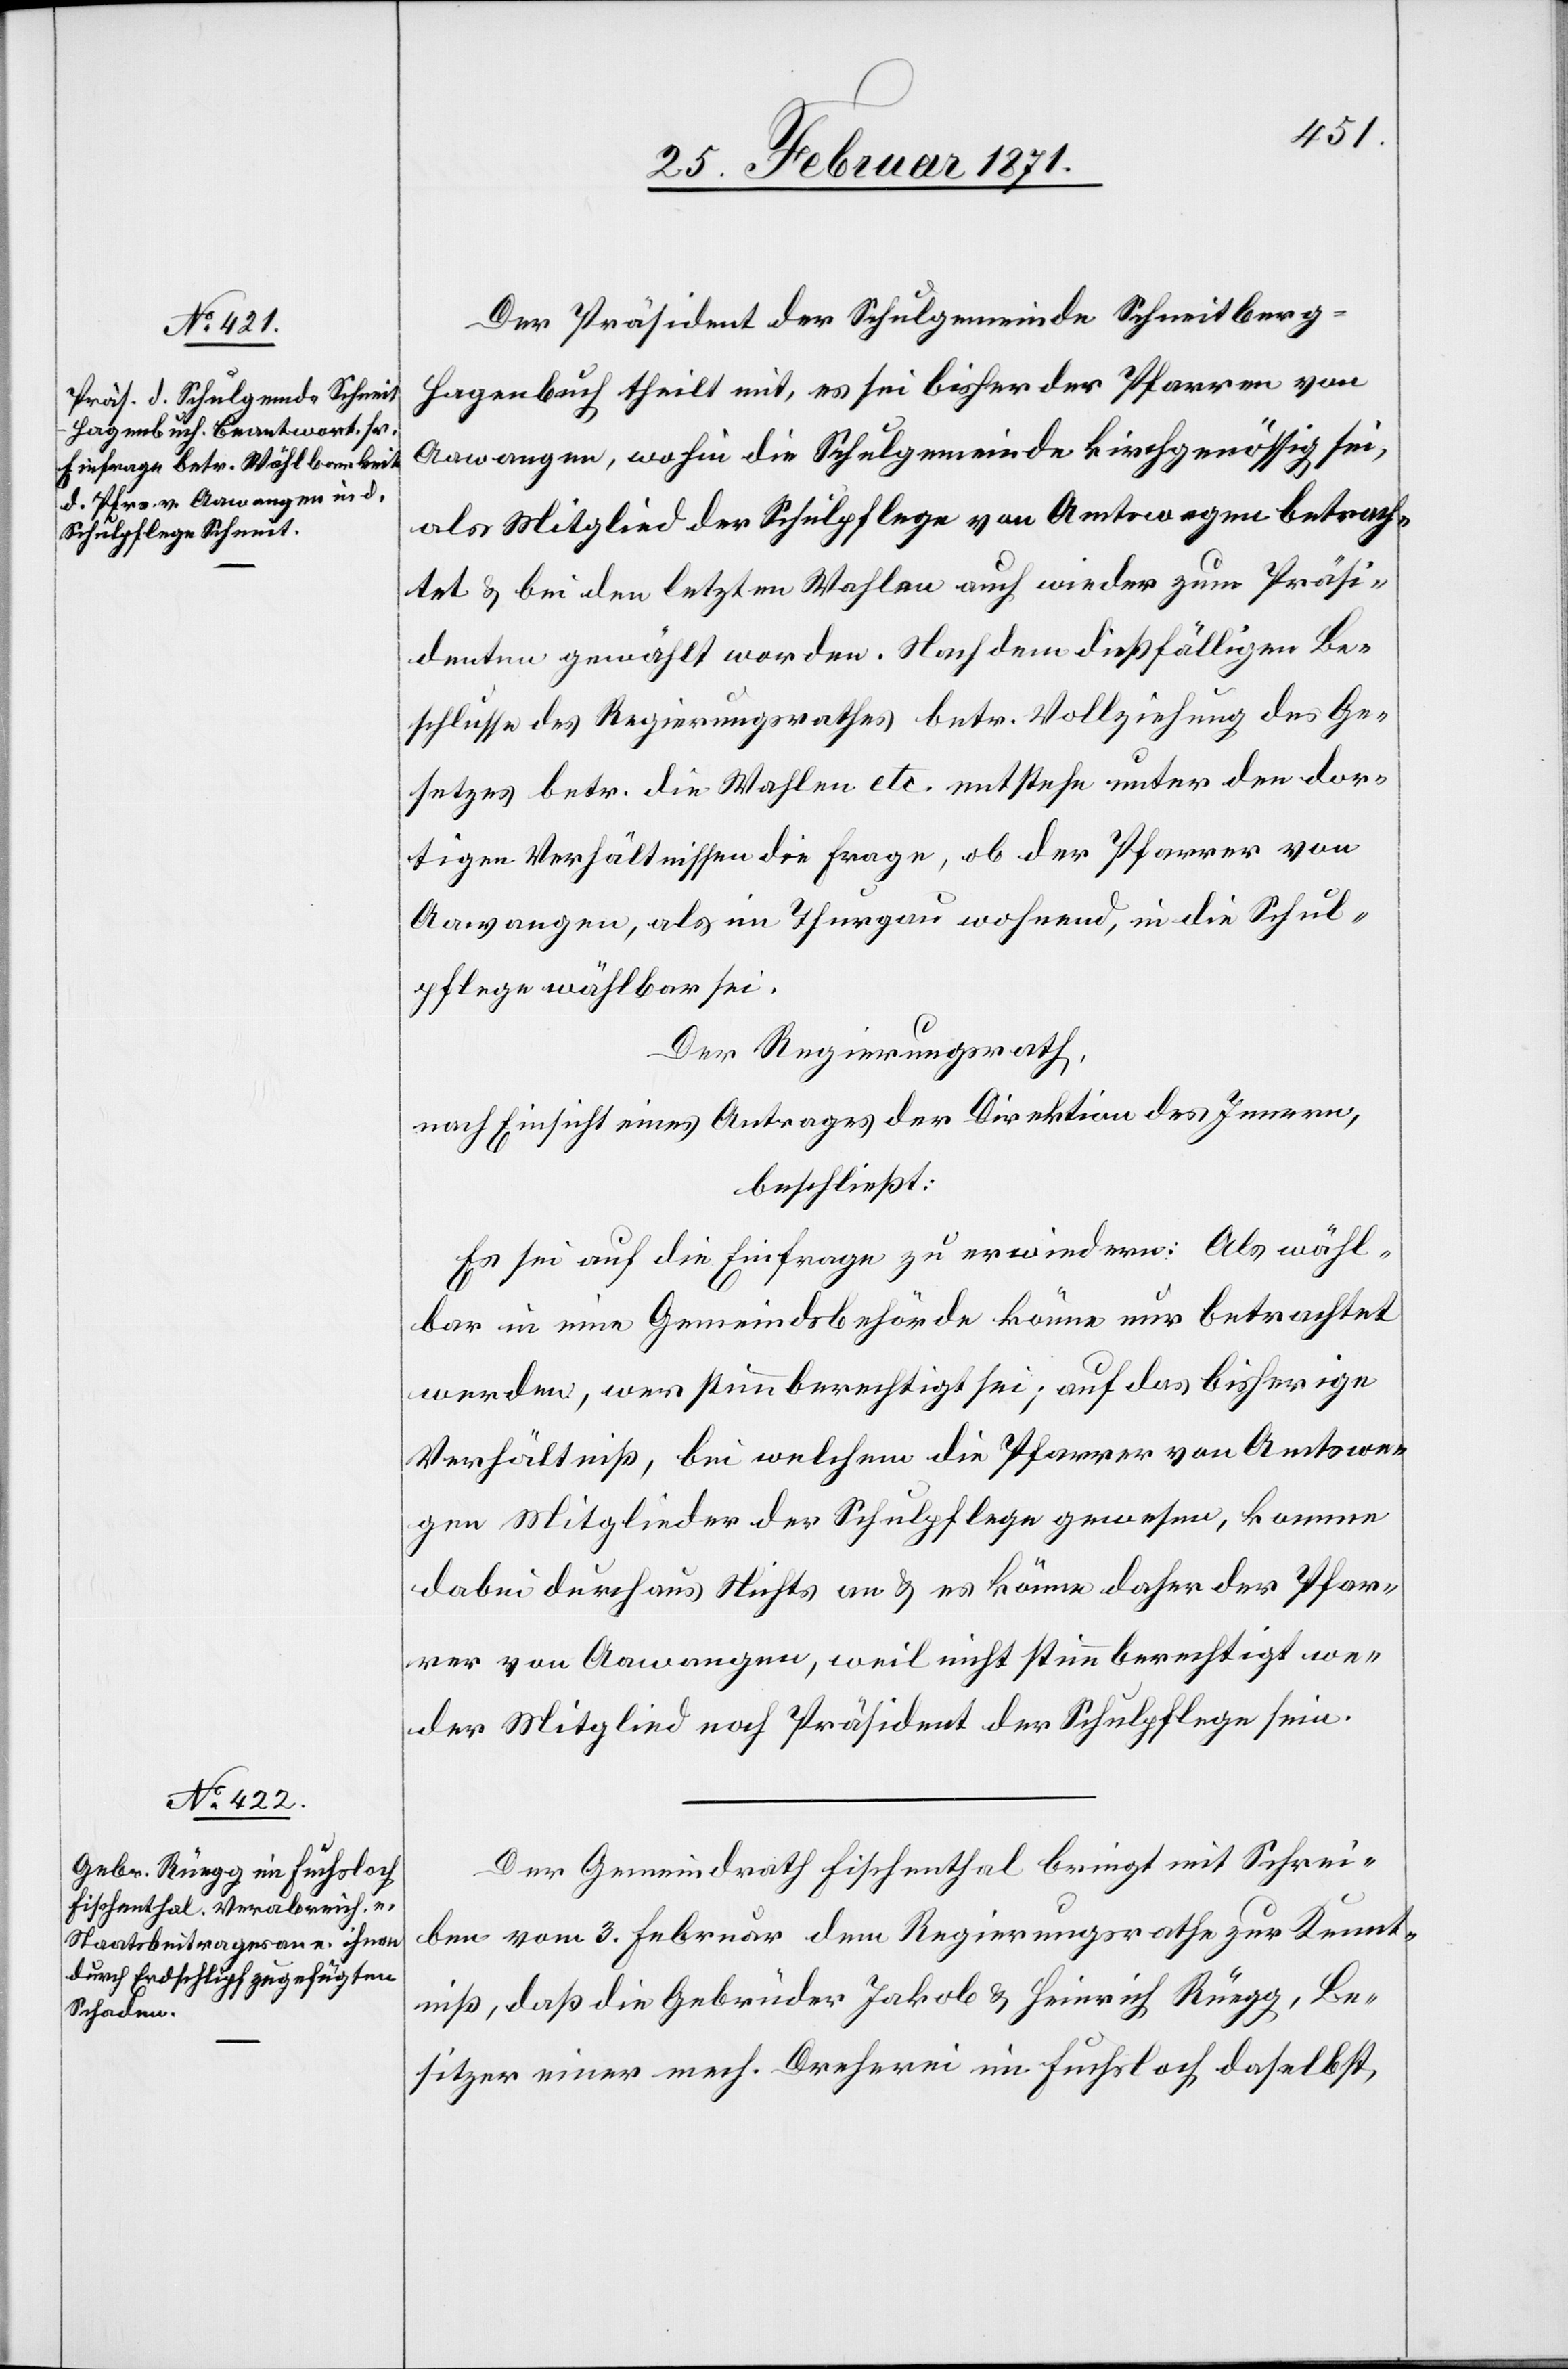
Der Präsident der Schulgemeinde Schneitberg-H¬
agenbach theilt mit, es sei bisher der Pfarrer von
Aawangen, wohin die Schulgemeinde kirchgenössig sei,
als Mitglied der Schulpflege von Amtswegen betrach¬
tet u. bei den letzten Wahlen auch wieder zum Präsi¬
denten gewählt worden. Nach dem dießfälligen Be¬
schlusse des Regierungsrathes betr. Vollziehung des Ge¬
setztes betr. die Wahlen etc. entstehe unter den dor¬
tigen Verhältnissen die Frage, ob der Pfarrer von
Aawangen , als im Thurgau wohnend, in die Schul¬
pflege wählbar sei.
Der Regierungsrath,
nach Einsicht eines Antrages der Direktion des Innern,
beschließt:
Es sei auf die Einfrage zu erwiedern: Als wähl¬
bar in eine Gemeindsbehörde könne nur betrachtet
werden, wer stimmberechtigt sei, auf das bisherige
Verhältniß, bei welchem die Pfarrer von Amtswe¬
gen Mitglieder der Schulpflege gewesen, komme
dabei durchaus Nichts an u. es könne daher der Pfar¬
rer von Aawangen, weil nicht stimmberechtigt we¬
der Mitglied noch Präsident der Schulpflege sein.
Der Gemeindrath Fischenthal bringt mit Schrei¬
ben vom 3. Februar dem Regierungsrathe zur Kennt¬
niß, daß die Gebrüder Jakob u. Heinrich Rüegg, Be¬
sitzer einer mech. Dreherei im Fuchsloch daselbst,